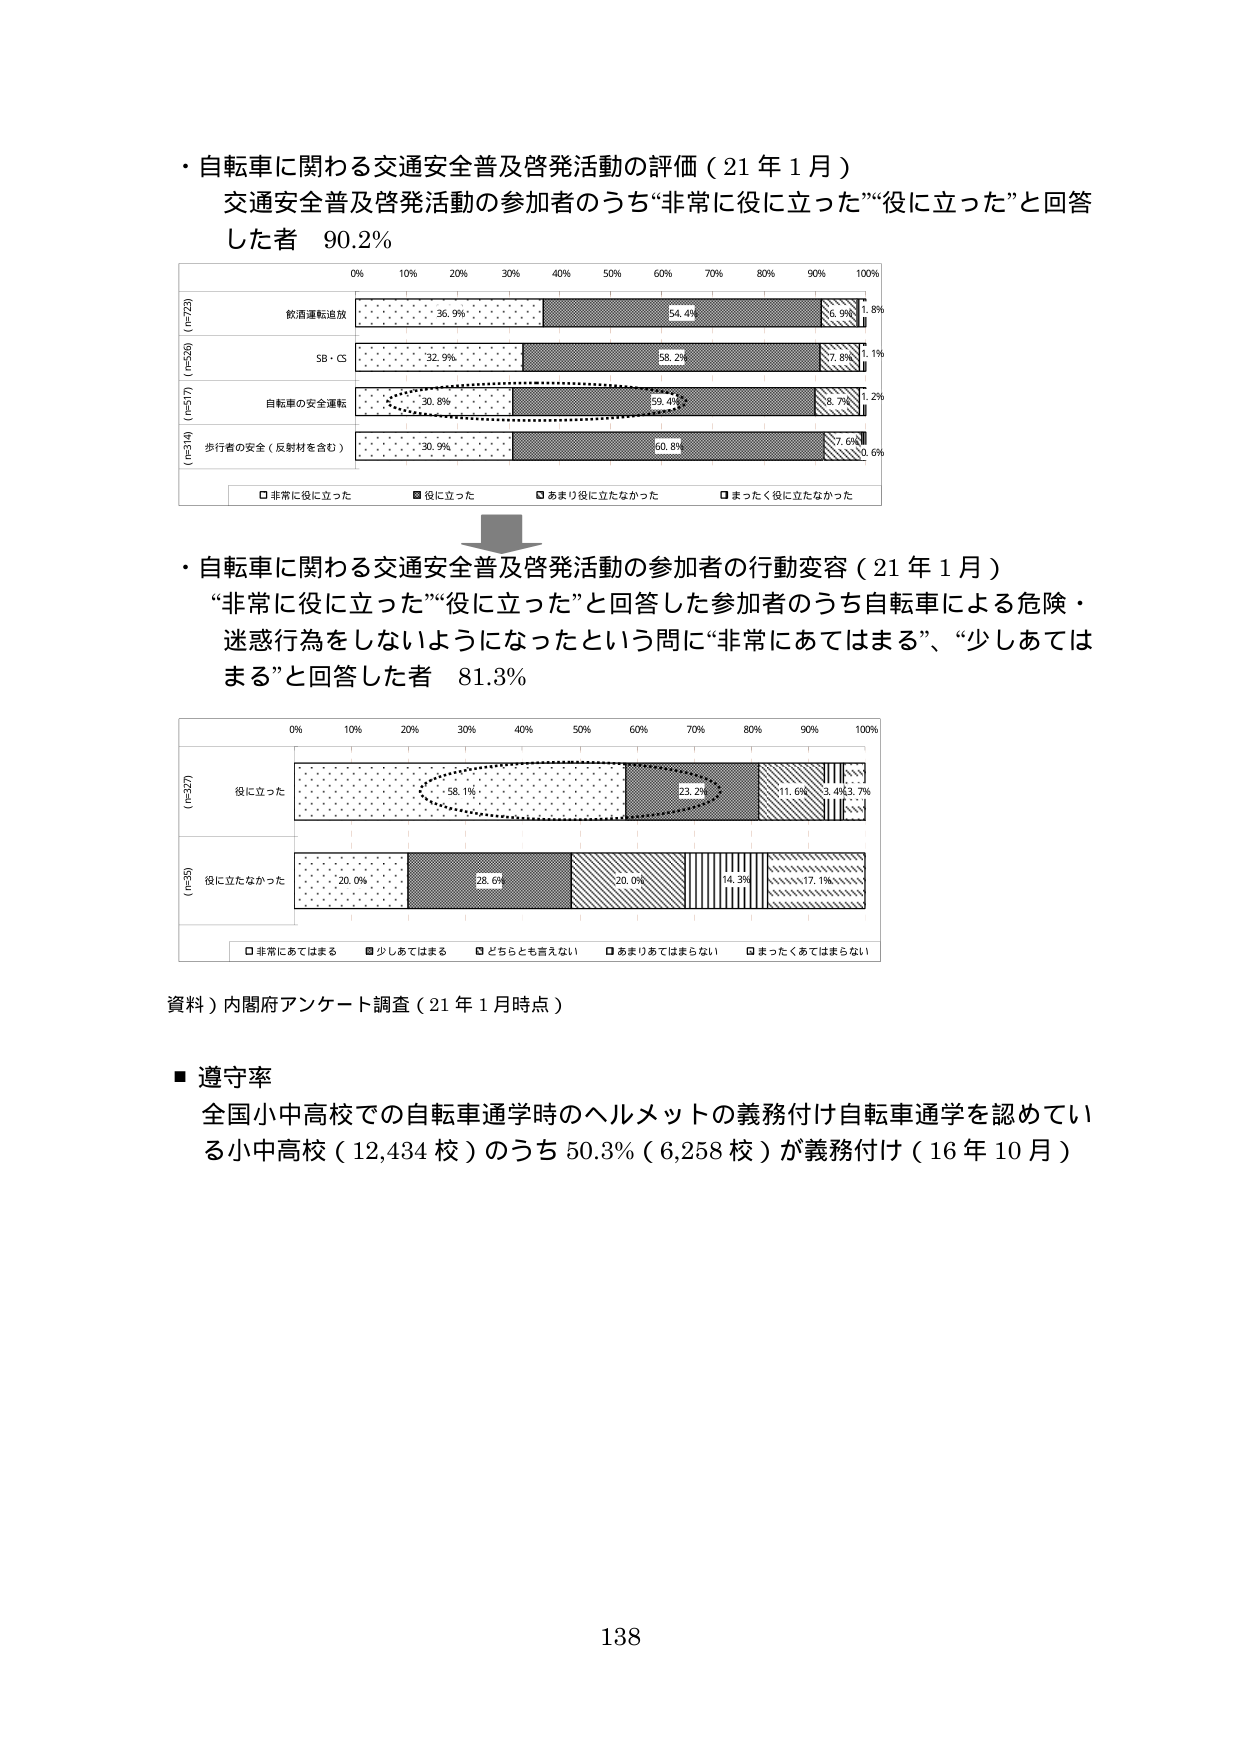
・自転車に関わる交通安全普及啓発活動の評価（21年1月）
交通安全普及啓発活動の参加者のうち“非常に役に立った”“役に立った”と回答した者 90.2%

0% 10% 20% 30% 40% 50% 60% 70% 80% 90% 100%
(n=372) 飲酒運転追放 36.9% 54.4% 6.9% 1.8%
(n=526) SB・CS 32.9% 58.2% 7.8% 1.1%
(n=517) 自転車の安全運転 30.8% 59.4% 8.7% 1.2%
(n=314) 歩行者の安全（反射材を含む） 30.9% 60.8% 7.6% 0.6%
□ 非常に役に立った ■ 役に立った □ あまり役に立たなかった □ まったく役に立たなかった

・自転車に関わる交通安全普及啓発活動の参加者の行動変容（21年1月）
“非常に役に立った”“役に立った”と回答した参加者のうち自転車による危険・迷惑行為をしないようになったという問いに“非常にあてはまる”、“少しあてはまる”と回答した者 81.3%

0% 10% 20% 30% 40% 50% 60% 70% 80% 90% 100%
(n=327) 役に立った 58.1% 23.2% 11.6% 3.4% 3.7%
(n=55) 役に立たなかった 20.0% 28.6% 20.0% 14.3% 17.1%
□ 非常にあてはまる ■ 少しあてはまる □ どちらとも言えない □ あまりあてはまらない □ まったくあてはまらない

資料）内閣府アンケート調査（21年1月時点）

■ 遵守率
全国小中高校での自転車通学時のヘルメットの義務付け自転車通学を認めている小中高校（12,434校）のうち50.3%（6,258校）が義務付け（16年10月）

138